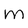
Character: m